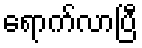
ရောက်လာပြီ